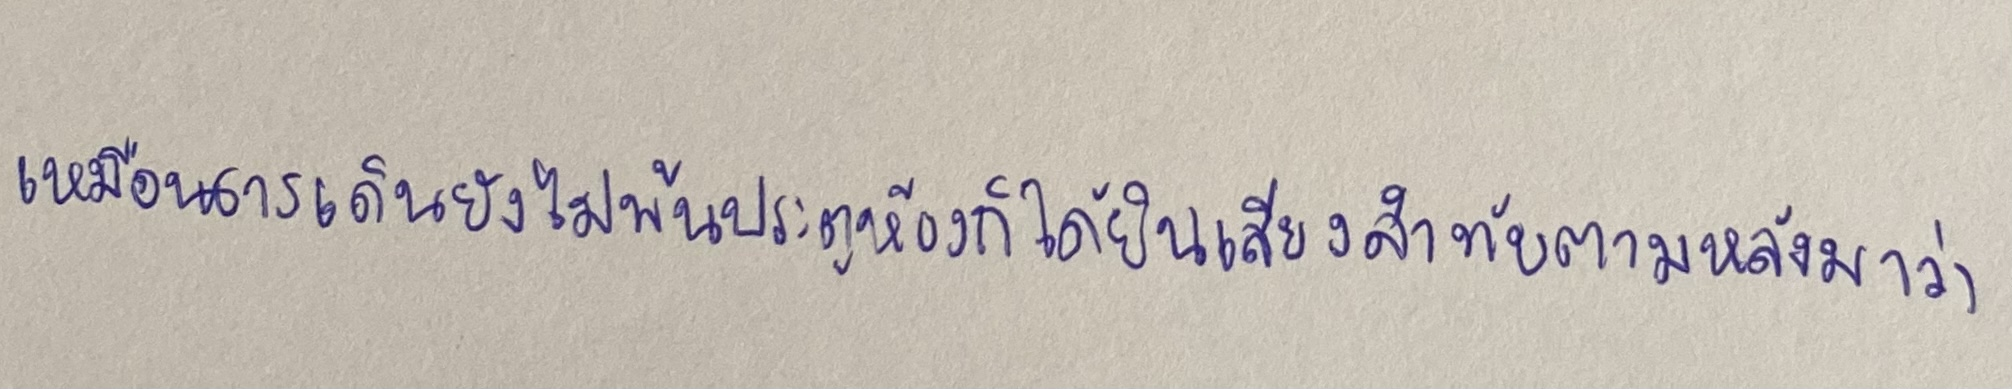
เหมือนธารเดินยังไม่ทันพ้นประตูห้องก็ได้ยินเสียงสำทับตามหลังมาว่า